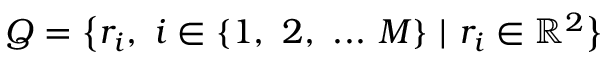
Q = \big \{ r _ { i } , \ i \in \{ 1 , \ 2 , \ . . . \ M \} \ | \ r _ { i } \in \mathbb { R } ^ { 2 } \big \}